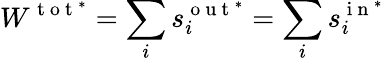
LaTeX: W^{\mathrm{~t~o~t~}^{*}}=\sum_{i}s_{i}^{\mathrm{~o~u~t~}^{*}}=\sum_{i}s_{i}^{\mathrm{~i~n~}^{*}}